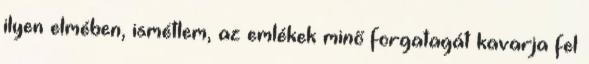
ilyen elmében, ismétlem, az emlékek minő forgatagát kavarja fel